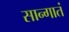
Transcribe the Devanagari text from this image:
सान्गातं